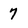
Character: 7